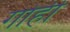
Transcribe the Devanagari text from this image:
गोही